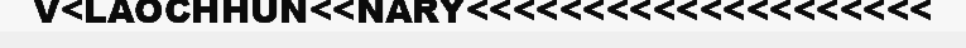
V<LAOCHHUN<<NARY<<<<<<<<<<<<<<<<<<<<